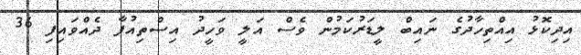
އިދިކޮޅު އިއްތިހާދުގެ ނައިބް ލީޑަރުކަމުން ވެސް އަލީ ވަހީދު އިސްތިއުފާ ދެއްވައިފި 36